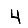
Digit: 4